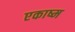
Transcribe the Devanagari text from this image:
एकाष्म